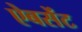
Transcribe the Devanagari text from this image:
ऐबसेंट